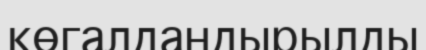
көгалдандырылды